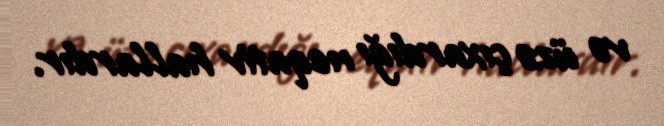
və üzə çıxardığı neqativ hallardır.